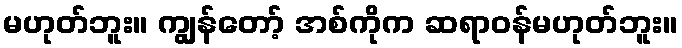
မဟုတ်ဘူး။ ကျွန်တော့် အစ်ကိုက ဆရာဝန်မဟုတ်ဘူး။